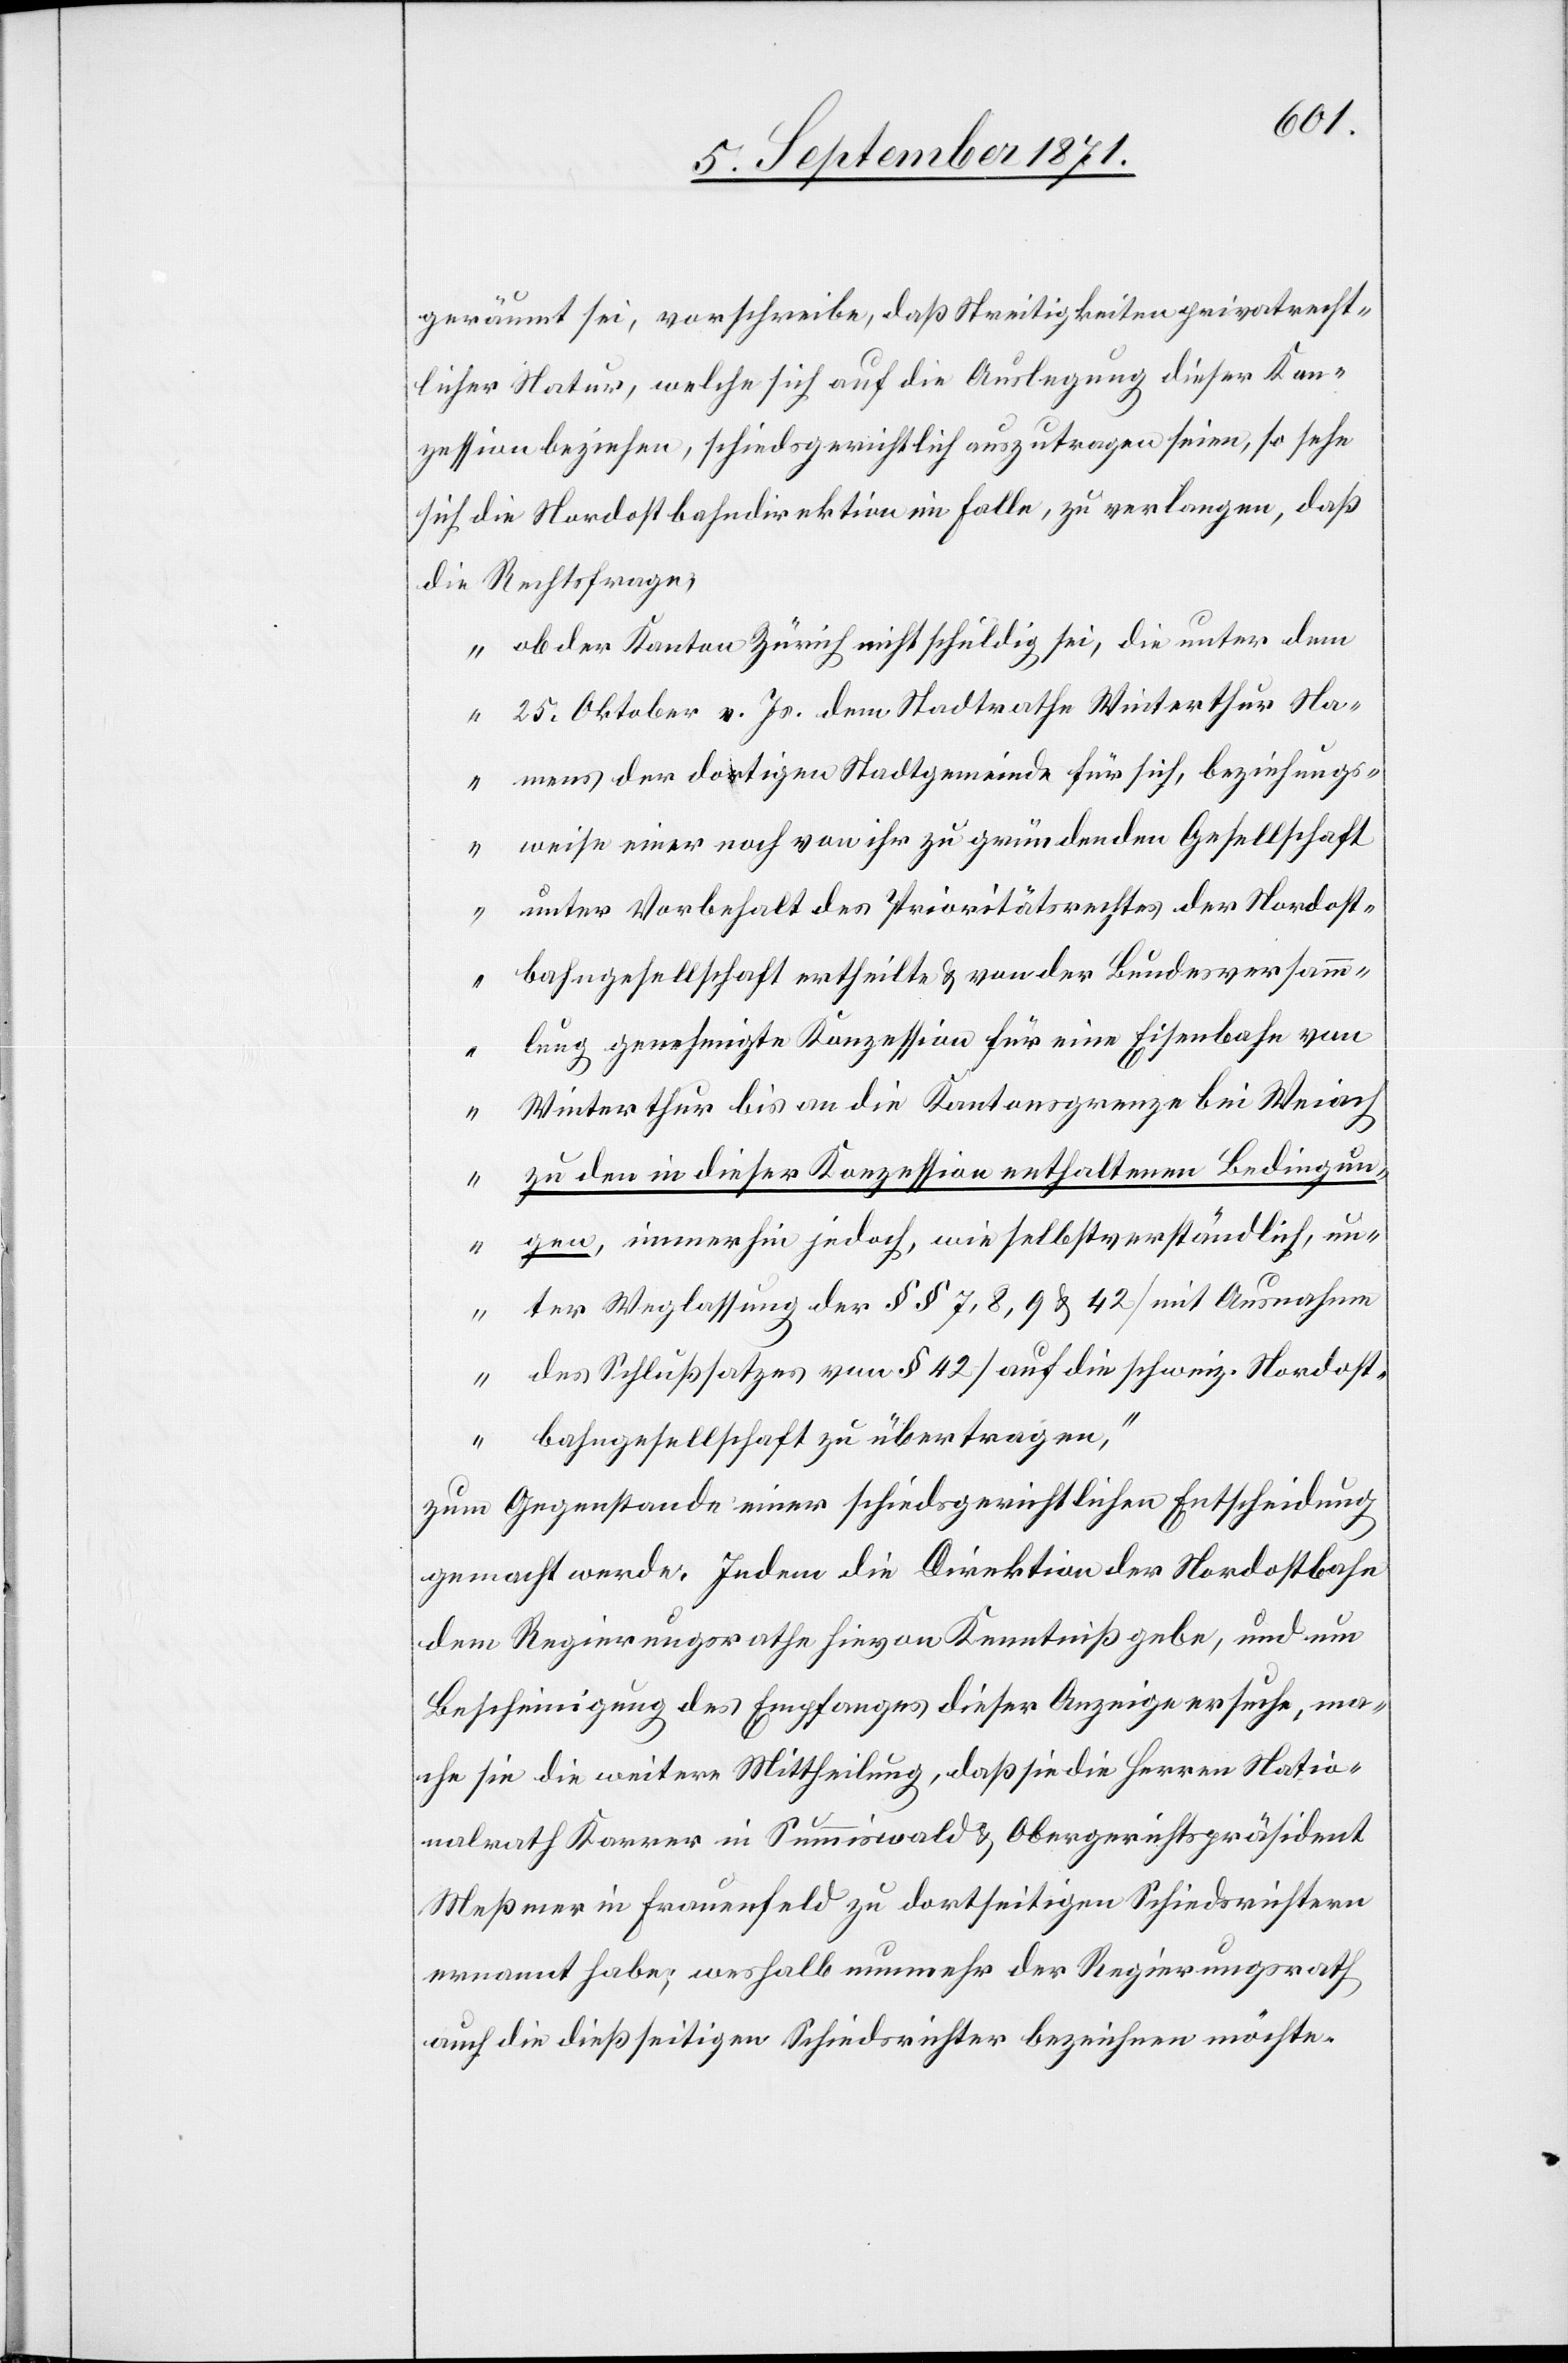
geräumt sei, vorschreibe, daß Streitigkeiten privatrecht¬
licher Natur, welche sich auf die Auslegung dieser Kon¬
zession beziehen, schiedsgerichtlich auszutragen seien, so sehe
sich die Nordostbahndirektion im Falle, zu verlangen, daß
die Rechtsfrage,
„ob der Kanton Zürich nicht schuldig sei, die unter dem
25. Oktober v. Js. dem Stadtrathe Winterthur Na¬
mens der dortigen Stadtgemeinde für sich, beziehungs¬
weise einer noch von ihr zu gründenden Gesellschaft
unter Vorbehalt des Prioritätsrechtes der Nordost¬
bahngesellschaft ertheilte & von der Bundesversamm¬
lung genehmigte Konzession für eine Eisenbahn von
Winterhur bis an die Kantonsgrenze bei Weiac¬
h zu den in dieser Konzession enthaltenen Bedingun¬
gen, immerhin jedoch, wie selbstverständlich, un¬
ter Weglassung der §§ 7, 8, 9 & 42 [mit Ausnahme
des Schlußsatzes von § 42] auf die schweiz. Nordost¬
bahngesellschaft zu übertragen“,
zum Gegenstande einer schiedsgerichtlichen Entscheidung
gemacht werde. Indem die Direktion der Nordostbahn
dem Regierungsrathe hirvon Kenntniß gebe, und um
Bescheinigung des Empfanges dieser Anzeige ersuche, ma¬
che sie die weitere Mittheilung, daß sie die Herren Natio¬
nalrath Karrer in Summiswald & Obergerichtspräsident
Meßmer in Frauenfeld zu dortseitigen Schiedsrichtern
ernannt habe; weshalb nunmehr der Regierungsrath
auch die dießseitigen Schiedsrichter bezeichnen möchte.